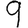
Digit: 9